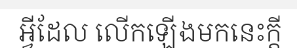
អ្វីដែល លើកឡើងមកនេះក្តី